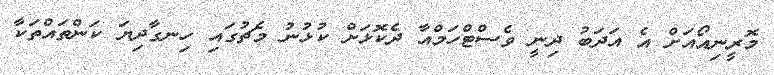
މޮރީނިއޯއަށް އެ އަދަބު ދިނީ ވެސްޓްހަމްއާ ދެކޮޅަށް ކުޅުނު މެޗުގައި ހިނގާދިޔަ ކަންތައްތަކާ